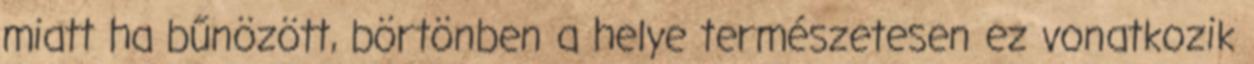
miatt ha bűnözött, börtönben a helye természetesen ez vonatkozik